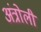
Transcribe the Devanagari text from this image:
अंत्रोली